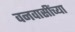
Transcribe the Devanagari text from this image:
वनवासींच्या